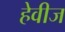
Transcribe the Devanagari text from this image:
हेवीज